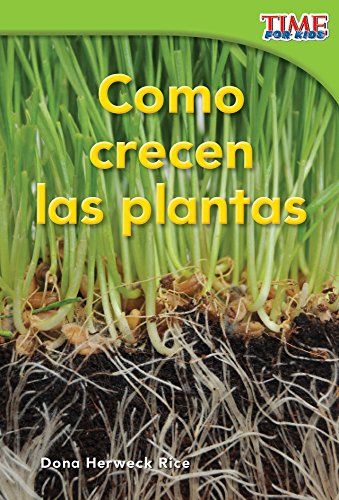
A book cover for CÃ³mo crecen las plantas (How Plants Grow) (Time for Kids Nonfiction Readers: Level 1.4) (Spanish Edition); Dona Rice; Children's Books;